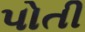
પોતી